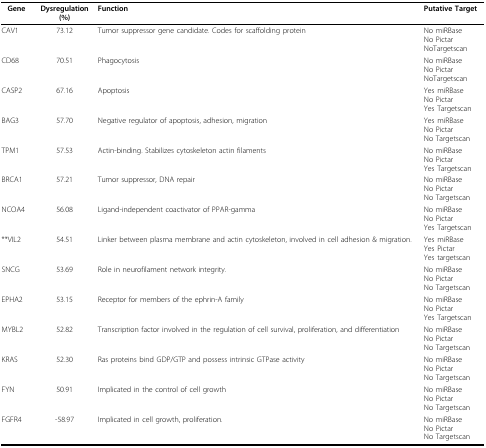
| Gene | Dysregulation(%) | Function | Putative Target |
 | --- | --- | --- | --- |
 | CAV1 | 73.12 | Tumor suppressor gene candidate. Codes for scaffolding protein | No miRBaseNo PictarNoTargetscan |
 | CD68 | 70.51 | Phagocytosis | No miRBaseNo PictarNoTargetscan |
 | CASP2 | 67.16 | Apoptosis | Yes miRBaseNo PictarYes Targetscan |
 | BAG3 | 57.70 | Negative regulator of apoptosis, adhesion, migration | Yes miRBaseNo PictarNo Targetscan |
 | TPM1 | 57.53 | Actin-binding. Stabilizes cytoskeleton actin filaments | No miRBaseNo PictarYes Targetscan |
 | BRCA1 | 57.21 | Tumor suppressor, DNA repair | No miRBaseNo PictarNo Targetscan |
 | NCOA4 | 56.08 | Ligand-independent coactivator of PPAR-gamma | No miRBaseNo PictarYes Targetscan |
 | **VIL2 | 54.51 | Linker between plasma membrane and actin cytoskeleton, involved in cell adhesion & migration. | Yes miRBaseYes PictarYes targetscan |
 | SNCG | 53.69 | Role in neurofilament network integrity. | No miRBaseNo PictarNo Targetscan |
 | EPHA2 | 53.15 | Receptor for members of the ephrin-A family | No miRBaseNo PictarYes Targetscan |
 | MYBL2 | 52.82 | Transcription factor involved in the regulation of cell survival, proliferation, and differentiation | No miRBaseNo PictarNo Targetscan |
 | KRAS | 52.30 | Ras proteins bind GDP/GTP and possess intrinsic GTPase activity | No miRBaseNo PictarNo Targetscan |
 | FYN | 50.91 | Implicated in the control of cell growth | No miRBaseNo PictarNo Targetscan |
 | FGFR4 | -58.97 | Implicated in cell growth, proliferation. | No miRBaseNo PictarNo Targetscan |